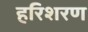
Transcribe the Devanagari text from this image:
हरिशरण